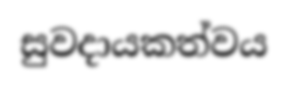
සුවදායකත්වය